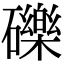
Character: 礫